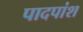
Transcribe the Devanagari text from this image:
पादपांश